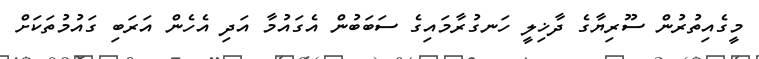
މީގެއިތުރުން ސޫރިޔާގެ ދާޚިލީ ހަނގުރާމައިގެ ސަބަބުން އެގައުމާ އަދި އެހެން އަރަބި ގައުމުތަކަށް